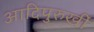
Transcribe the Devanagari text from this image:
आदिपुरुखीं